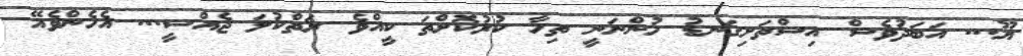
ޔޫ... އަބަދުވެސް އިސްތަށިގަނޑު ހުންނަނީ ތިހާ ކުރުކޮށްތަ ކީއްވެ ރަތްކުލަ ޖެއްސީ... އެހެންވެއޭ